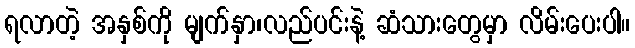
ရလာတဲ့ အနှစ်ကို မျက်နှာ၊လည်ပင်းနဲ့ ဆံသားတွေမှာ လိမ်းပေးပါ။